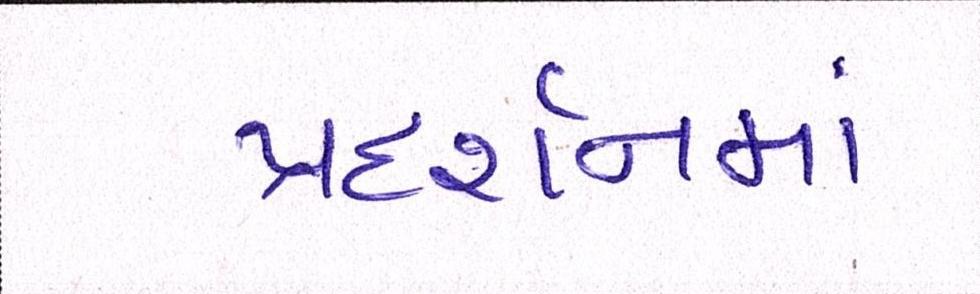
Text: પ્રદર્શનમાં